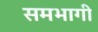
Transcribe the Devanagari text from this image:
समभागी